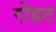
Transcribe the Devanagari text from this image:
रोहट